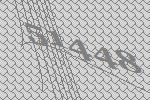
51448